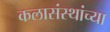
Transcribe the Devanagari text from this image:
कलासंस्थांच्या